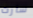
سارت